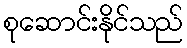
စုဆောင်းနိုင်သည်